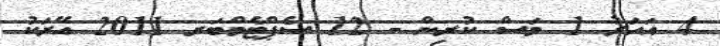
4 އަހަރު 1 މަސް ކުރިން - 12 ސެޕްޓެމްބަރ 2011 އޭރަކު